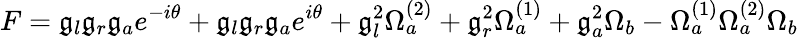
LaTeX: F=\mathfrak{g}_{l}\mathfrak{g}_{r}\mathfrak{g}_{a}e^{-i\theta}+\mathfrak{g}_{l}\mathfrak{g}_{r}\mathfrak{g}_{a}e^{i\theta}+\mathfrak{g}_{l}^{2}\Omega_{a}^{(2)}+\mathfrak{g}_{r}^{2}\Omega_{a}^{(1)}+\mathfrak{g}_{a}^{2}\Omega_{b}-\Omega_{a}^{(1)}\Omega_{a}^{(2)}\Omega_{b}